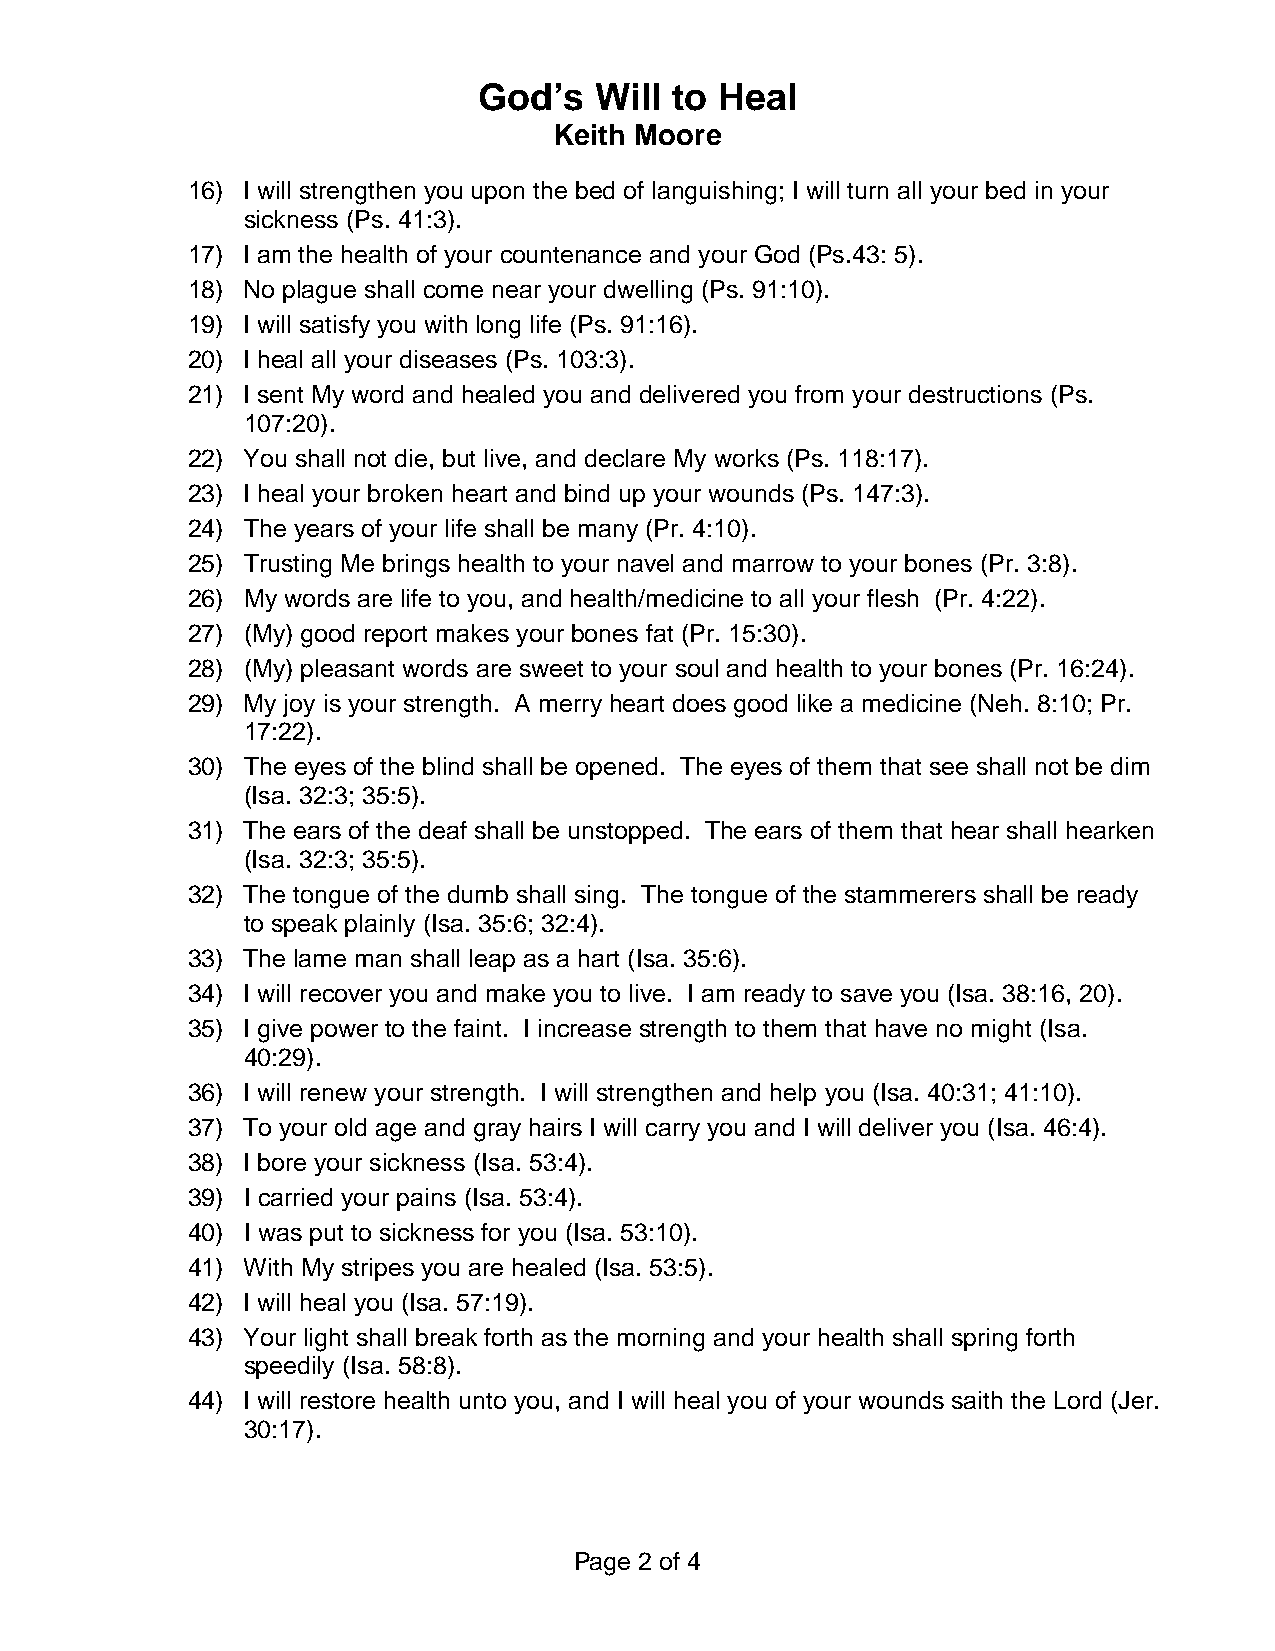
God’s  Will to  Heal
 Keith Moore
 16) I will strengthen you upon the bed of languishing; I will turn all your bed in your
 sickness (Ps. 41:3).
 17) I am the health of your countenance and your God (Ps.43: 5).
 18) No plague shall come near your dwelling (Ps. 91:10).
 19) I will satisfy you with long life (Ps. 91:16).
 20) I heal all your diseases (Ps. 103:3).
 21) I sent My word and healed you and delivered you from your destructions (Ps.
 107:20).
 22) You shall not die, but live, and declare My works (Ps. 118:17).
 23) I heal your broken heart and bind up your wounds (Ps. 147:3).
 24) The years of your life shall be many (Pr. 4:10).
 25) Trusting Me brings health to your navel and marrow to your bones (Pr. 3:8).
 26) My words are life to you, and health/medicine to all your flesh (Pr. 4:22).
 27) (My) good report makes your bones fat (Pr. 15:30).
 28) (My) pleasant words are sweet to your soul and health to your bones (Pr. 16:24).
 29) My joy is your strength. A merry heart does good like a medicine (Neh. 8:10; Pr.
 17:22).
 30) The eyes of the blind shall be opened. The eyes of them that see shall not be dim
 (Isa. 32:3; 35:5).
 31) The ears of the deaf shall be unstopped. The ears of them that hear shall hearken
 (Isa. 32:3; 35:5).
 32) The tongue of the dumb shall sing. The tongue of the stammerers shall be ready
 to speak plainly (Isa. 35:6; 32:4).
 33) The lame man shall leap as a hart (Isa. 35:6).
 34) I will recover you and make you to live. I am ready to save you (Isa. 38:16, 20).
 35) I give power to the faint. I increase strength to them that have no might (Isa.
 40:29).
 36) I will renew your strength. I will strengthen and help you (Isa. 40:31; 41:10).
 37) To your old age and gray hairs I will carry you and I will deliver you (Isa. 46:4).
 38) I bore your sickness (Isa. 53:4).
 39) I carried your pains (Isa. 53:4).
 40) I was put to sickness for you (Isa. 53:10).
 41) With My stripes you are healed (Isa. 53:5).
 42) I will heal you (Isa. 57:19).
 43) Your light shall break forth as the morning and your health shall spring forth
 speedily (Isa. 58:8).
 44) I will restore health unto you, and I will heal you of your wounds saith the Lord (Jer.
 30:17).
 Page 2 of 4